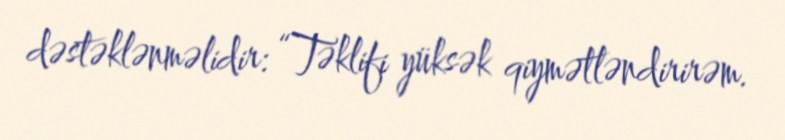
dəstəklənməlidir: “Təklifi yüksək qiymətləndirirəm.